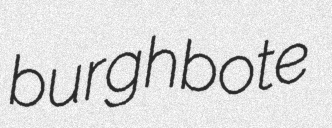
burghbote